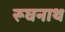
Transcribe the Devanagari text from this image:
रूघनाथ